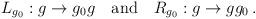
LaTeX: \begin{align*}L_{g_0}:g\rightarrow g_{0}g \ \ \ {\rm and} \ \ \ R_{g_0}:g\rightarrow g g_0\, .\end{align*}